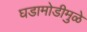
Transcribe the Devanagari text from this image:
घडामोडीमुळे